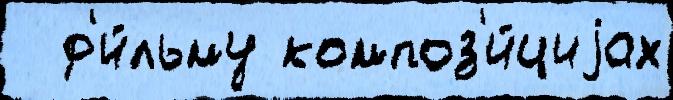
  ф'и́льму композ'и́циjах